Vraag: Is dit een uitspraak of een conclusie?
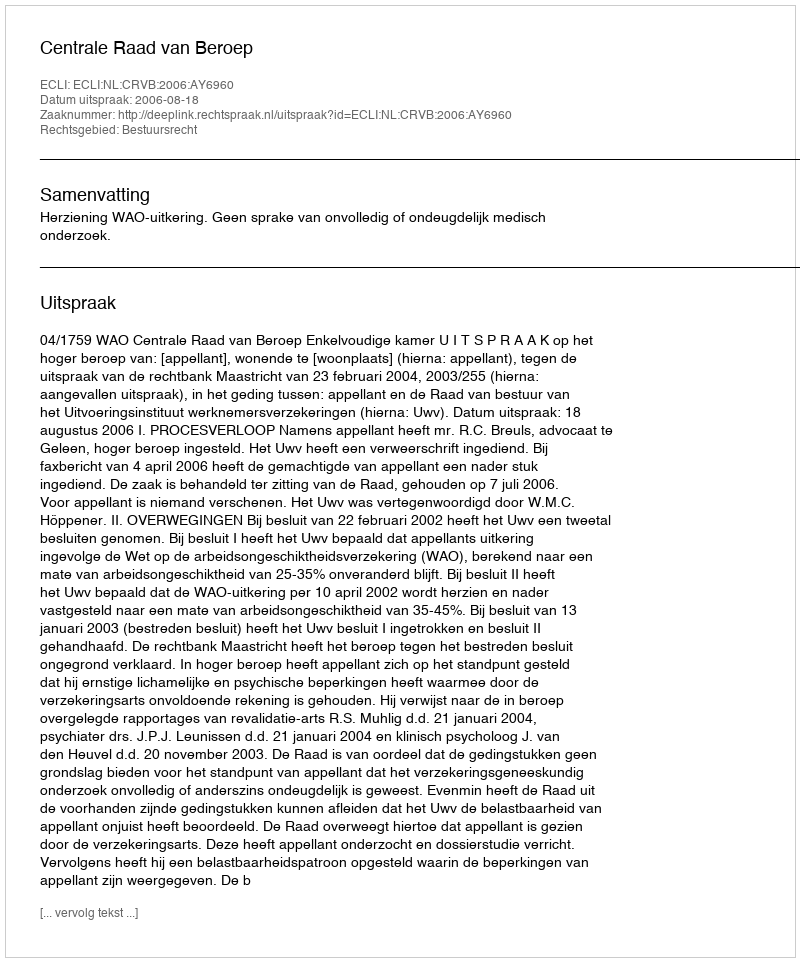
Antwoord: Uitspraak